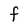
Character: F